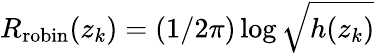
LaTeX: R_{\mathrm{robin}}(z_{k})=(1/2\pi)\log\sqrt{h(z_{k})}